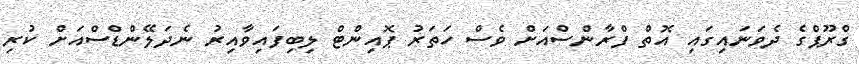
ގްރޫޕްގެ ދެވަނައިގައި އޮތް ފްރާންސްއަށް ވެސް ހަތަރު ޕޮއިންޓް ލިބިފައިވާއިރު ނެދަލޭންޑްސްއަށް ކުރި